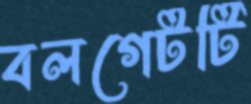
বলগেটটি